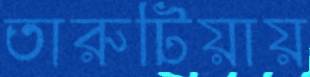
তারুটিয়ায়